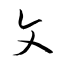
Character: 文